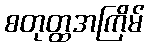
စတုတ္ထအကြိမ်